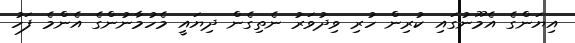
އިޔަންގެ އެމޫނުގައި ކުރިން ހުރި ވިދުވަރު ނެތިގެން ދިޔައީ މެހުމާނުންގެ އެންމެ ފަހު